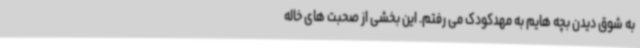
به شوق دیدن بچه هایم به مهدکودک می رفتم. این بخشی از صحبت های خاله